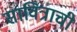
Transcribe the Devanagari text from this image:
सावित्राची